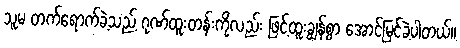
သူမ တက်ရောက်ခဲ့သည့် ဂုဏ်ထူးတန်းကိုလည်း ဖြင့်ထူးချွန်စွာ အောင်မြင်ခဲ့ပါတယ်။